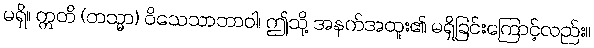
မရှိ။ ဣတိ (တသ္မာ) ဝိသေသာဘာဝါ၊ ဤသို့ အနက်အထူး၏ မရှိခြင်းကြောင့်လည်း။